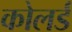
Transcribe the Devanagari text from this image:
कोलर्ड